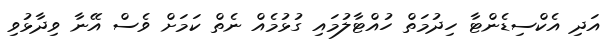
އަދި އެކްސިޑެންޓާ ހިދުމަތް ހުއްޓާލުމައި ގުޅުމެއް ނެތް ކަމަށް ވެސް އޭނާ ވިދާޅުވި